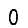
Digit: 0